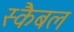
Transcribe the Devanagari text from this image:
स्कैबल